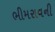
ભીમરાવની